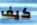
كيف